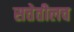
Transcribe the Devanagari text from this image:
सत्तेतीलच